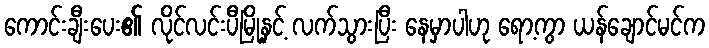
ကောင်းချီးပေး၏ လိုင်လင်းပီမြို့နှင့် လက်သွားပြီး နေမှာပါဟု ရော့ကွာ ယန်ချောင်မင်က